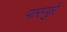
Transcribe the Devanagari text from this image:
पारप्पुरे